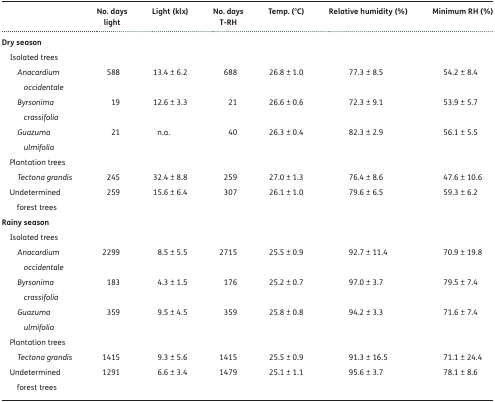
<table><thead><tr><td></td><td><b>No. days light</b></td><td><b>Light (klx)</b></td><td><b>No. days T-RH</b></td><td><b>Temp. (°C)</b></td><td><b>Relative humidity (%)</b></td><td><b>Minimum RH (%)</b></td></tr></thead><tbody><tr><td colspan="7"><b>Dry season</b></td></tr><tr><td colspan="7"> Isolated trees</td></tr><tr><td><i>Anacardium occidentale</i></td><td>588</td><td>13.4 ± 6.2</td><td>688</td><td>26.8 ± 1.0</td><td>77.3 ± 8.5</td><td>54.2 ± 8.4</td></tr><tr><td><i>Byrsonima crassifolia</i></td><td>19</td><td>12.6 ± 3.3</td><td>21</td><td>26.6 ± 0.6</td><td>72.3 ± 9.1</td><td>53.9 ± 5.7</td></tr><tr><td><i>Guazuma ulmifolia</i></td><td>21</td><td>n.a.</td><td>40</td><td>26.3 ± 0.4</td><td>82.3 ± 2.9</td><td>56.1 ± 5.5</td></tr><tr><td colspan="7"> Plantation trees</td></tr><tr><td><i>Tectona grandis</i></td><td>245</td><td>32.4 ± 8.8</td><td>259</td><td>27.0 ± 1.3</td><td>76.4 ± 8.6</td><td>47.6 ± 10.6</td></tr><tr><td> Undetermined forest trees</td><td>259</td><td>15.6 ± 6.4</td><td>307</td><td>26.1 ± 1.0</td><td>79.6 ± 6.5</td><td>59.3 ± 6.2</td></tr><tr><td colspan="7"><b>Rainy season</b></td></tr><tr><td colspan="7"> Isolated trees</td></tr><tr><td><i>Anacardium occidentale</i></td><td>2299</td><td>8.5 ± 5.5</td><td>2715</td><td>25.5 ± 0.9</td><td>92.7 ± 11.4</td><td>70.9 ± 19.8</td></tr><tr><td><i>Byrsonima crassifolia</i></td><td>183</td><td>4.3 ± 1.5</td><td>176</td><td>25.2 ± 0.7</td><td>97.0 ± 3.7</td><td>79.5 ± 7.4</td></tr><tr><td><i>Guazuma ulmifolia</i></td><td>359</td><td>9.5 ± 4.5</td><td>359</td><td>25.8 ± 0.8</td><td>94.2 ± 3.3</td><td>71.6 ± 7.4</td></tr><tr><td colspan="7"> Plantation trees</td></tr><tr><td><i>Tectona grandis</i></td><td>1415</td><td>9.3 ± 5.6</td><td>1415</td><td>25.5 ± 0.9</td><td>91.3 ± 16.5</td><td>71.1 ± 24.4</td></tr><tr><td> Undetermined forest trees</td><td>1291</td><td>6.6 ± 3.4</td><td>1479</td><td>25.1 ± 1.1</td><td>95.6 ± 3.7</td><td>78.1 ± 8.6</td></tr></tbody></table>